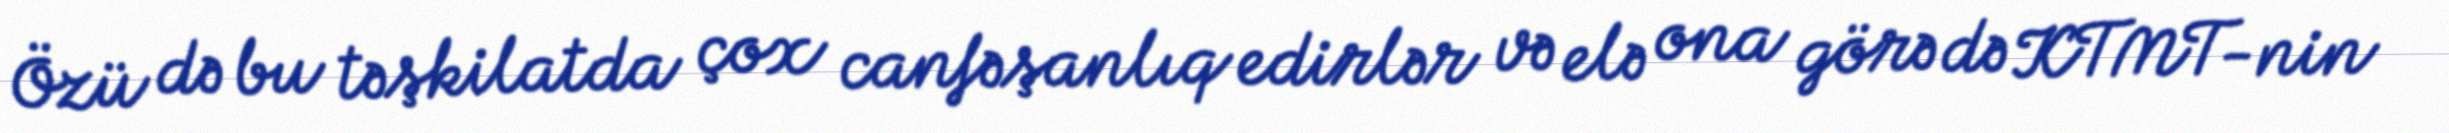
Özü də bu təşkilatda çox canfəşanlıq edirlər və elə ona görə də KTMT-nin